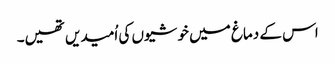
اس کے دماغ میں خوشیوں کی اُمیدیں تھیں۔